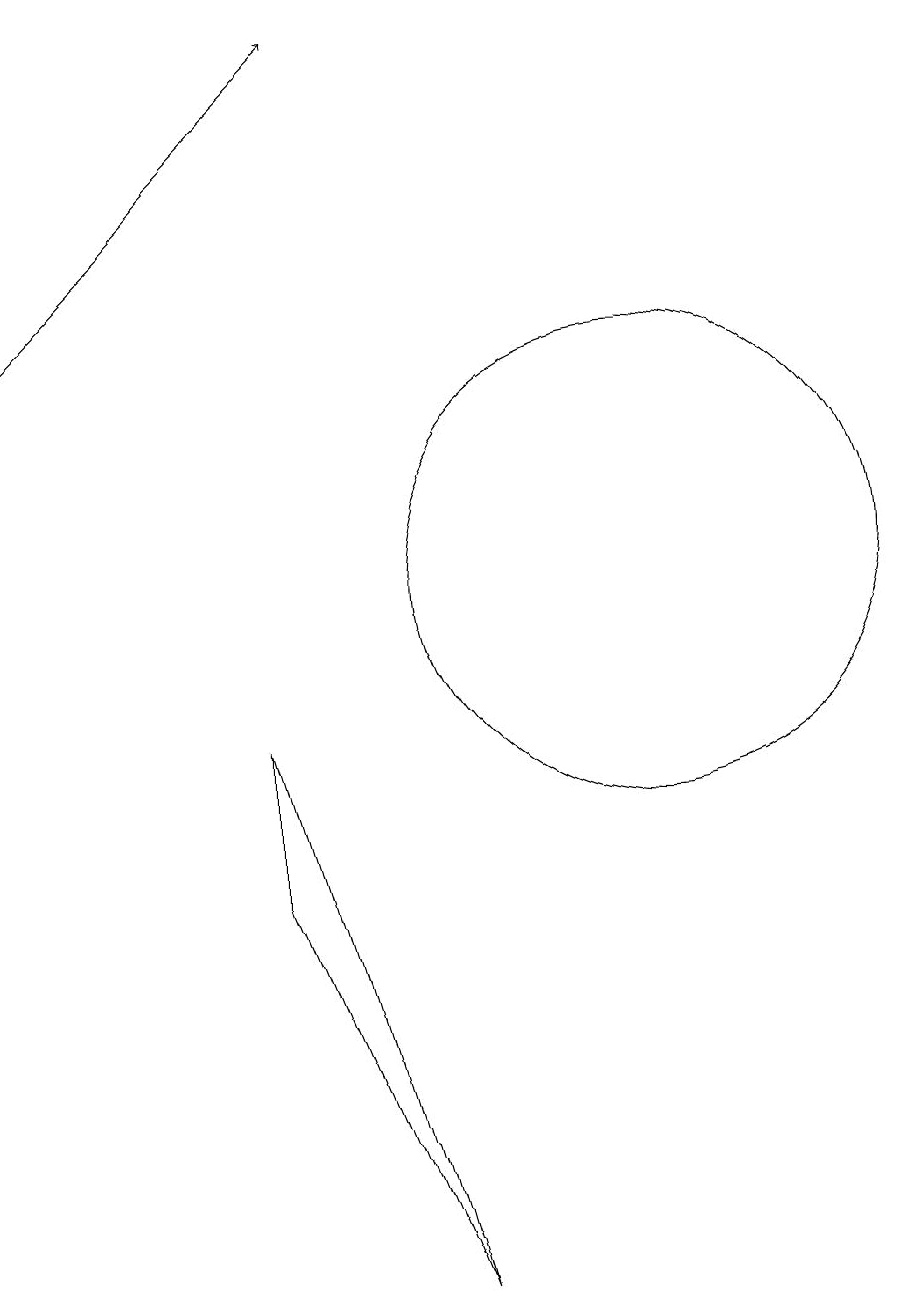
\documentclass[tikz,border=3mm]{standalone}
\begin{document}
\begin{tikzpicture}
\draw (10,11) circle (3);
\draw[->] (2,14) -- (6,18);
\draw (7,2) -- (5,7) -- (5,9) -- cycle;
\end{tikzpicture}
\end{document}